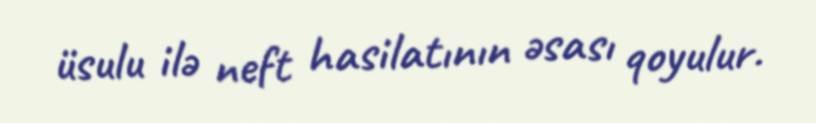
üsulu ilə neft hasilatının əsası qoyulur.